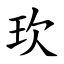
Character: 㺵